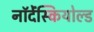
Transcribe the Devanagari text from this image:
नॉर्देंस्कियोल्ड